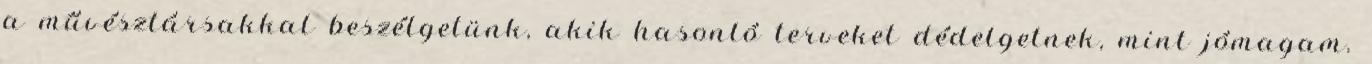
a művésztársakkal beszélgetünk, akik hasonló terveket dédelgetnek, mint jómagam.